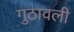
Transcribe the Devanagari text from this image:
गुठावली